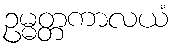
ဥမ္မတ္တကာလယံ